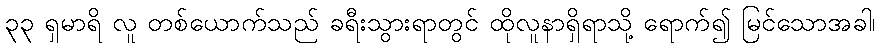
၃၃ ရှမာရိ လူ တစ်ယောက်သည် ခရီးသွားရာတွင် ထိုလူနာရှိရာသို့ ရောက်၍ မြင်သောအခါ၊